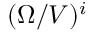
( \Omega / V ) ^ { i }